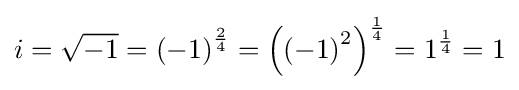
i={\sqrt {-1}}=\left(-1\right)^{\frac {2}{4}}=\left(\left(-1\right)^{2}\right)^{\frac {1}{4}}=1^{\frac {1}{4}}=1